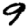
Digit: 9